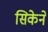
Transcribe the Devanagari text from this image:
सिकेने